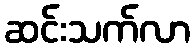
ဆင်းသက်လာ